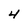
Character: 4